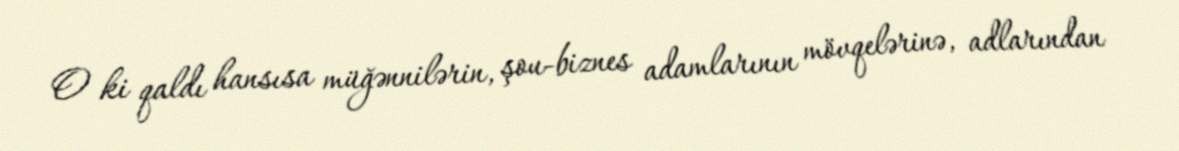
O ki qaldı hansısa müğənnilərin, şou-biznes adamlarının mövqelərinə, adlarından